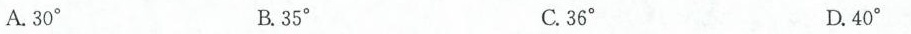
A.30° B.35° C.36° D.40°